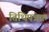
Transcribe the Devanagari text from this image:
तिथिपत्रक